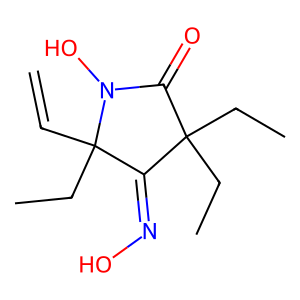
SMILES: C=CC1(CC)C(=NO)C(CC)(CC)C(=O)N1O
Inhibits HIV replication: No